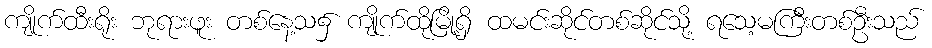
ကျိုက်ထီးရိုး ဘုရားဖူး တစ်နေ့သ၌ ကျိုက်ထိုမြို့ရှိ ထမင်းဆိုင်တစ်ဆိုင်သို့ ရသေ့မကြီးတစ်ဦးသည်